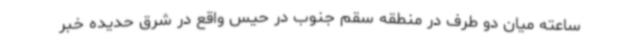
ساعته میان دو طرف در منطقه سقم جنوب در حیس واقع در شرق حدیده خبر